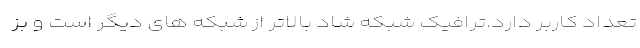
تعداد کاربر دارد.ترافیک شبکه شاد بالاتر از شبکه های دیگر است و بز